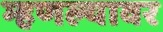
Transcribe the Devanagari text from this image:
म्हणल्यावर